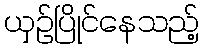
ယှဉ်ပြိုင်နေသည့်